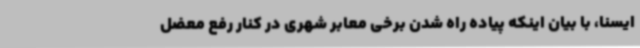
ایسنا، با بیان اینکه پیاده راه شدن برخی معابر شهری در کنار رفع معضل